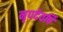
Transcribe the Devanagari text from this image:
नृपदेवर्षि